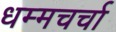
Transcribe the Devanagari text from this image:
धम्मचर्चा